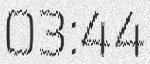
03:44